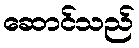
ဆောင်သည်